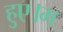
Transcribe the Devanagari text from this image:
हुए।म